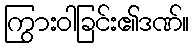
ကြွားဝါခြင်း၏ဒဏ်။